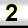
Digit: 2